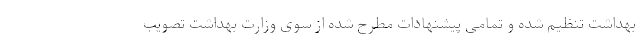
بهداشت تنظیم شده و تمامی پیشنهادات مطرح شده از سوی وزارت بهداشت تصویب